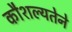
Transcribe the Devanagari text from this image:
कौशल्यतेने